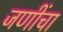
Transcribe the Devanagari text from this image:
जणींचा